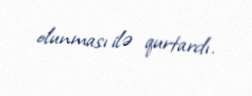
olunması ilə qurtardı.